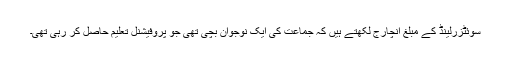
سوئٹزرلینڈ کے مبلغ انچارج لکھتے ہیں کہ جماعت کی ایک نوجوان بچی تھی جو پروفیشنل تعلیم حاصل کر رہی تھی۔